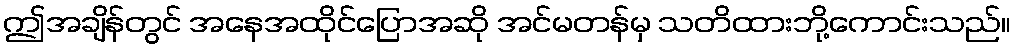
ဤအချိန်တွင် အနေအထိုင်ပြောအဆို အင်မတန်မှ သတိထားဘို့ကောင်းသည်။